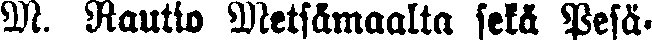
M. Rautio Metsämaalta sekä Pesä-